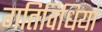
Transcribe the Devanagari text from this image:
गतिविधियां